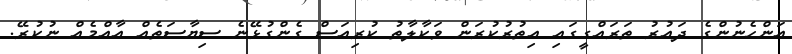
އަންހެނުންގެ ދައުރު ތަރައްގީގައި އިތުރުކުރަން ވަކާލާތު ކުރިއަސް ގެންގުޅޭނެ ސިޔާސަތެއް އާއްމެއް ނުކުރޭ.